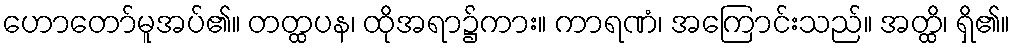
ဟောတော်မူအပ်၏။ တတ္ထပန၊ ထိုအရာ၌ကား။ ကာရဏံ၊ အကြောင်းသည်။ အတ္ထိ၊ ရှိ၏။